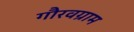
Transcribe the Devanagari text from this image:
गौरवग्राम